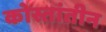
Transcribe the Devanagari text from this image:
कोस्तांतीन